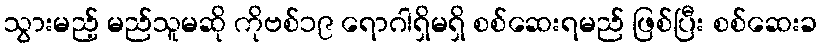
သွားမည့် မည်သူမဆို ကိုဗစ်၁၉ ရောဂါရှိမရှိ စစ်ဆေးရမည် ဖြစ်ပြီး စစ်ဆေးခ